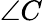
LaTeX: \angle C